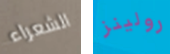
الشعراء رولينز